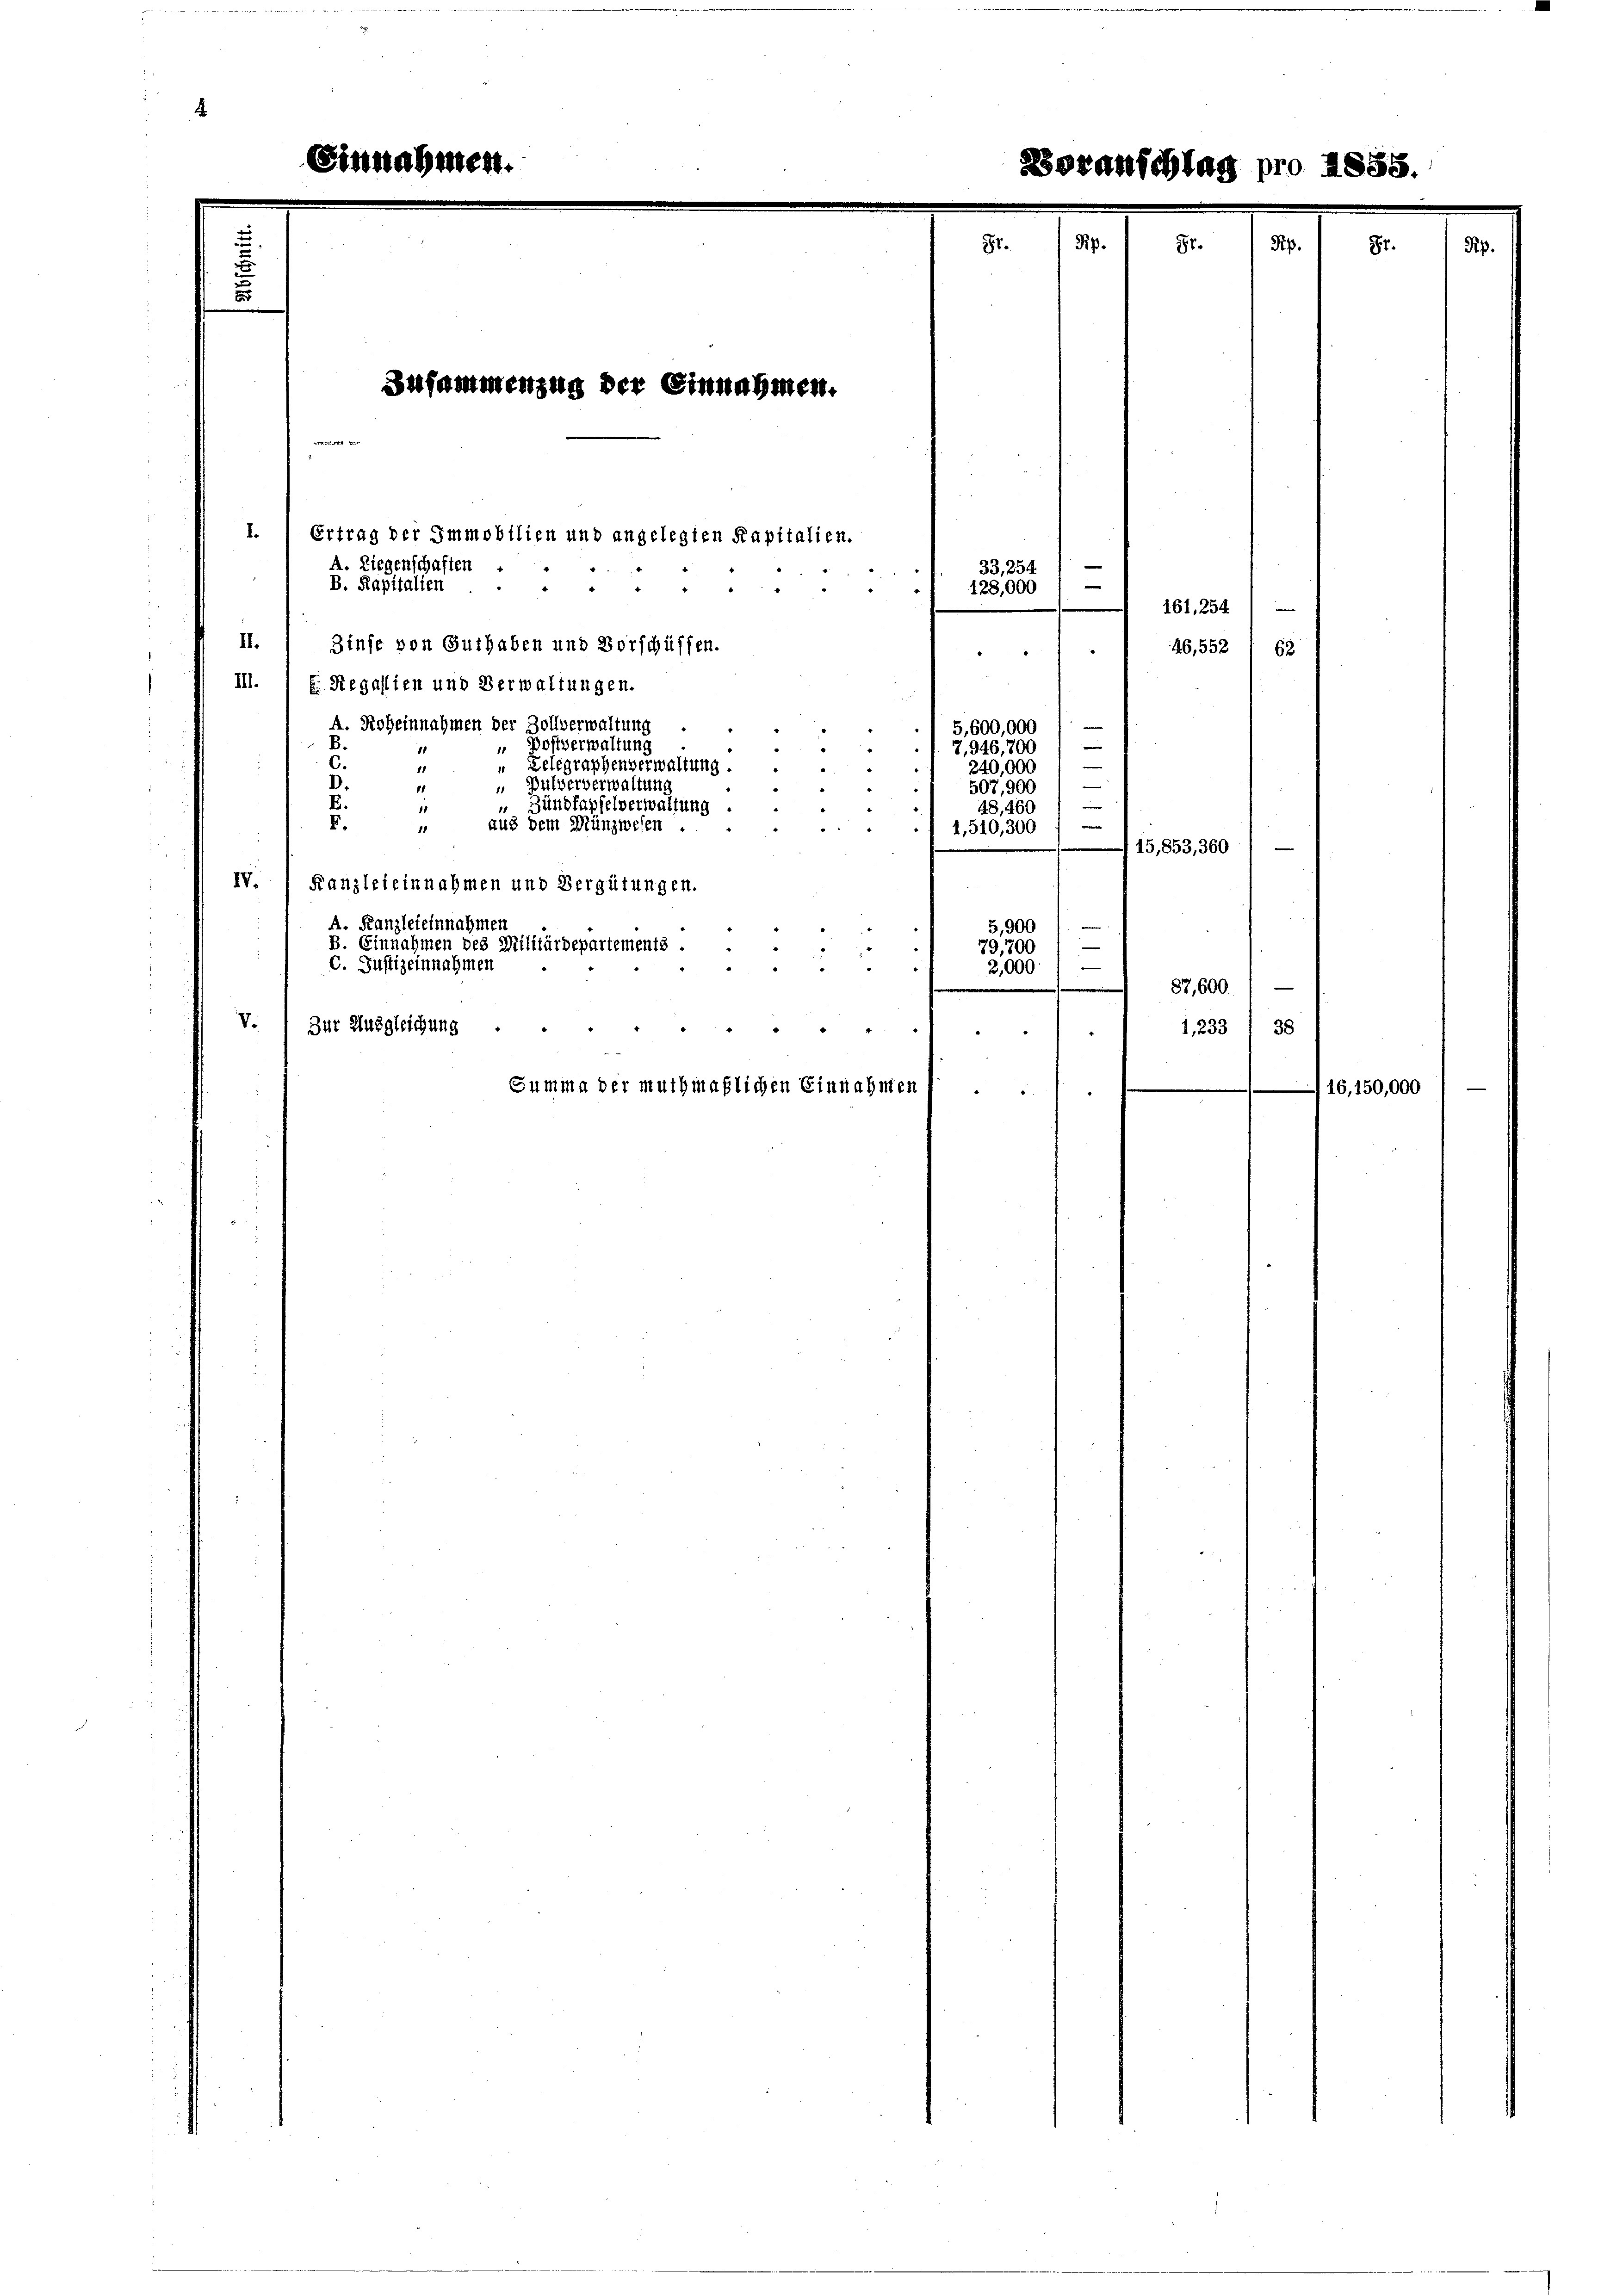
Zusammenzug der Einnahmen.
Fr. 334.

II.
Zinse von Guthaben und Vorschüssen.
III. 1 S. Regalien und Verwaltungen.
A. Roheinnahmen der Zollverwaltung
B.
 Postverwaltung
6.
" Lelegraphenverwaltung.
11
D.
 Pulververwaltung
11
E.
Zundfapfelverwaltung .
1
F.
aus dem Münzwesen
1
¬
IV.
Kanzleieinnahmen und Vergütungen.
A. Kanzleieinnahmen
B. Einnahmen des Militärdepartements .
C. Justiz einnahmen
4
V.
Zur Ausgleichung
" "
Summa der muthmaßlichen Einnahmen

I.
Ertrag der Immobilien und angelegten Kapitalien.
A. Liegenschaften
B. Kapitalien
 4. 14

128,000
5,600,000
7,946,700
240,000
507, 900
i
48,460
1,510,300 f
15,853, 360
5,900
79,700
e
2,000
87,600.

33, 254

161, 254
46,552 1 62

1,233 I 38

16, 150,000